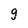
Character: 9